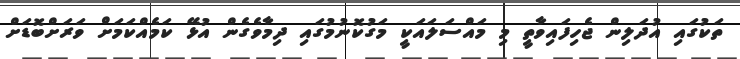
ތަކުގައި އުދަލިން ޖެހިފައިވާތީ މި މައްސަލައަކީ މަގުކޮނުމުގައި ދިމާވެގެން އުޅޭ ކަމެއްކަމަށް ވަރަށްބޮޑަށް